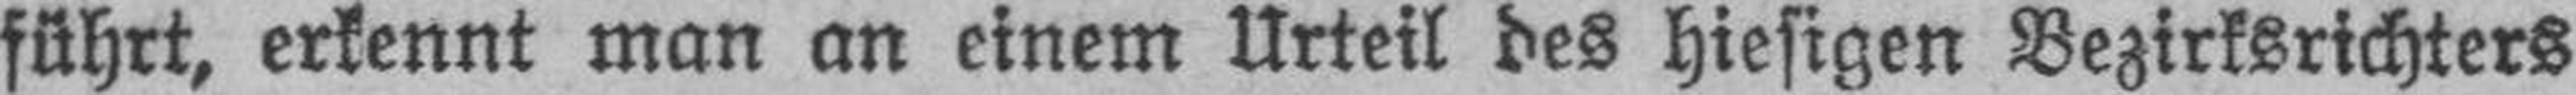
führt, erkennt man an einem Urteil des hiesigen Bezirksrichters